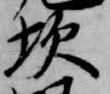
坎